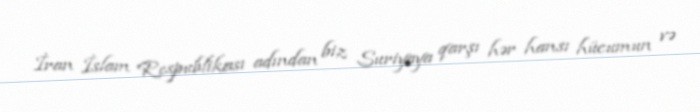
İran İslam Respublikası adından biz Suriyaya qarşı hər hansı hücumun və